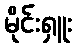
မိုင်းရှူး